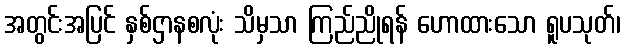
အတွင်းအပြင် နှစ်ဌာနစလုံး သိမှသာ ကြည်ညိုရန် ဟောထားသော ရူပသုတ်၊